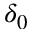
\delta _ { 0 }